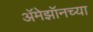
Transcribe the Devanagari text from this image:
अॅमेझॉनच्या